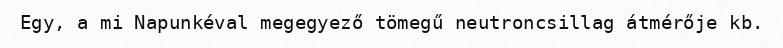
Egy, a mi Napunkéval megegyező tömegű neutroncsillag átmérője kb.